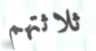
ثلاثتهم